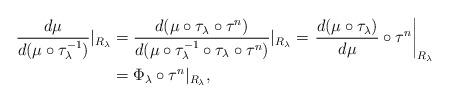
LaTeX: \begin{align*} \frac{d\mu}{d(\mu \circ \tau_\lambda^{-1})}|_{R_\lambda} &= \frac{d( \mu \circ \tau_\lambda \circ \tau^n)}{d(\mu \circ \tau_\lambda^{-1} \circ \tau_\lambda \circ \tau^n)} |_{R_\lambda} = \left. \frac{d(\mu \circ \tau_\lambda)}{d\mu} \circ \tau^n\right|_{R_\lambda}\\ &= \Phi_\lambda \circ \tau^{n}|_{R_\lambda},\end{align*}